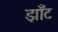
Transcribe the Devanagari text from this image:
झाँट